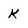
Character: k